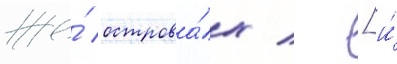
же́ острова́х / [и́